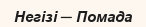
Негізі ─ Помада